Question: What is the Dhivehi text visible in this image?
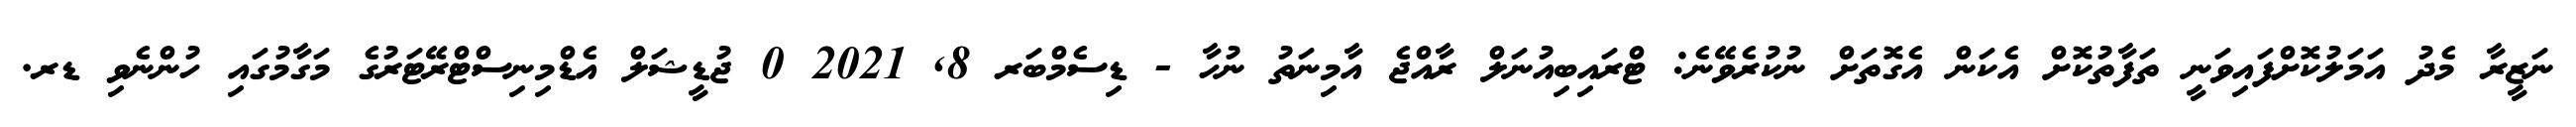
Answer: ނަޒީރާ މެދު އަމަލުކޮށްފައިވަނީ ތަފާތުކޮށް އެކަން އެގޮތަށް ނުކުރެވޭނެ: ޓްރައިބިއުނަލް ރާއްޖެ އާމިނަތު ނުހާ - ޑިސެމްބަރ 8, 2021 0 ޖުޑީޝަލް އެޑްމިނިސްޓްރޭޓަރުގެ މަގާމުގައި ހުންނެވި ޑރ.